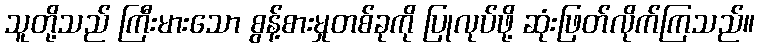
သူတို့သည် ကြီးမားသော စွန့်စားမှုတစ်ခုကို ပြုလုပ်ဖို့ ဆုံးဖြတ်လိုက်ကြသည်။